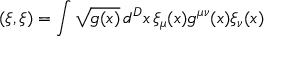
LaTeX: ( \xi , \xi ) = \int \sqrt { g ( x ) } \, d ^ { D } x \, \xi _ { \mu } ( x ) g ^ { \mu \nu } ( x ) \xi _ { \nu } ( x )